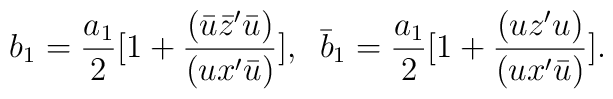
b_{1}= {a_{1}\over 2}[1+{({\bar u}{\bar z}^{\prime}{\bar u})\over (ux^{\prime}{\bar u})}],\;\;{\bar b_{1}}= {a_{1}\over 2}[1+{(u{z}^{\prime}u)\over (ux^{\prime}\bar u)}].